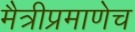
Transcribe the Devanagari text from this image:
मैत्रीप्रमाणेच